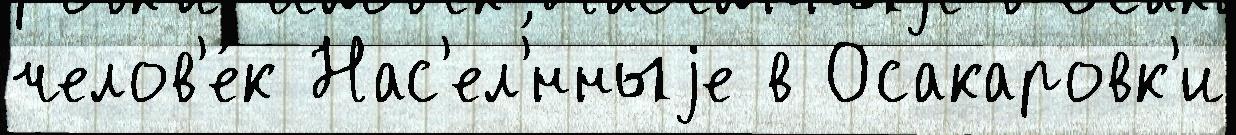
челов'е́к Нас'ел'́нныjе в Осакаровк'и